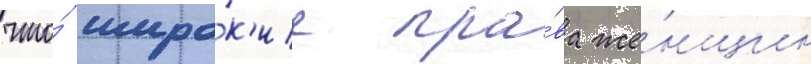
что́ широ́к'ие пра́ва же́нщин